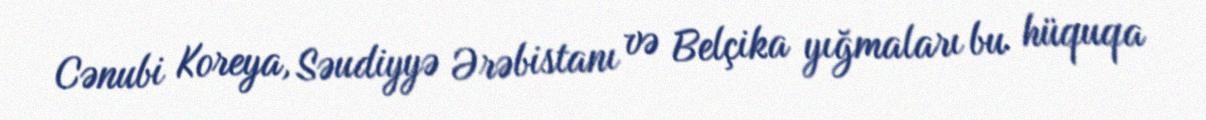
Cənubi Koreya, Səudiyyə Ərəbistanı və Belçika yığmaları bu hüquqa